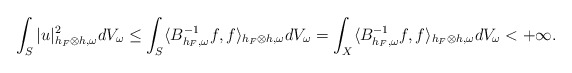
\begin{align*} \int_S|u|^2_{h_F\otimes h,\omega}dV_{\omega}&\leq\int_S\langle B^{-1}_{h_F,\omega}f,f\rangle_{h_F\otimes h,\omega} dV_{\omega}=\int_X\langle B^{-1}_{h_F,\omega}f,f\rangle_{h_F\otimes h,\omega} dV_{\omega}<+\infty. \end{align*}